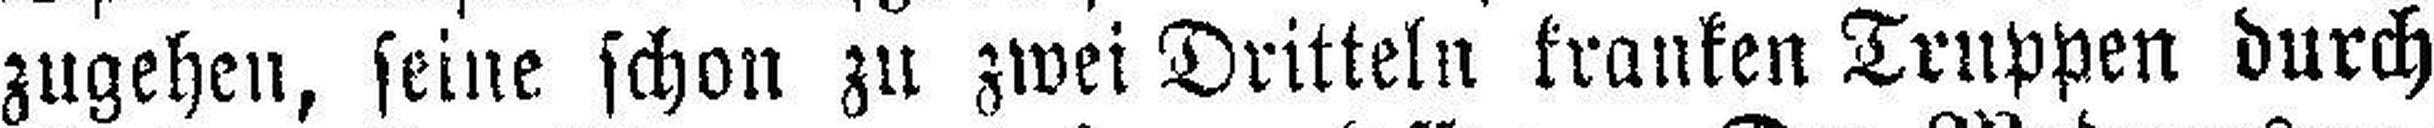
zugehen, seine schon zu zwei Dritteln kranken Truppen durch